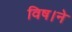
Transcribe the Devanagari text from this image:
विष।ने